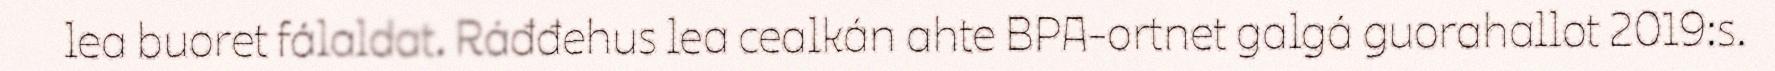
lea buoret fálaldat. Ráđđehus lea cealkán ahte BPA-ortnet galgá guorahallot 2019:s.